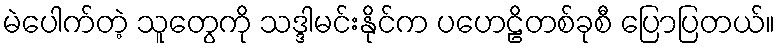
မဲပေါက်တဲ့ သူတွေကို သဒ္ဒါမင်းနိုင်က ပဟေဠိတစ်ခုစီ ပြောပြတယ်။